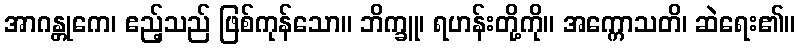
အာဂန္တုကေ၊ ဧည့်သည် ဖြစ်ကုန်သော။ ဘိက္ခူ၊ ရဟန်းတို့ကို။ အက္ကောသတိ၊ ဆဲရေး၏။